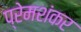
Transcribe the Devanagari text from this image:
प्रेमशंकर